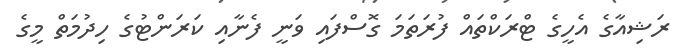
ރަޝިއާގެ އެހީގެ ޓްރަކްތައް ފުރަތަމަ ގޮސްފައި ވަނީ ފެނާއި ކަރަންޓުގެ ހިދުމަތް މީގެ